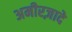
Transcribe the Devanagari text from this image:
अमीरज़ादे